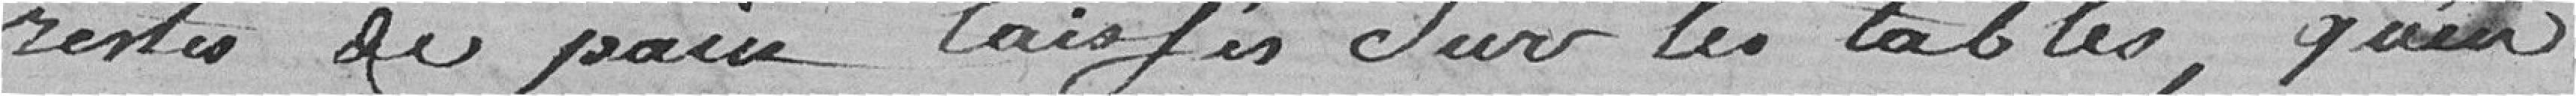
restes de pain laissés sur les tables, qu'en